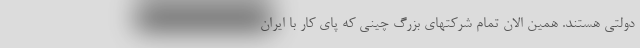
دولتی هستند. همین الان تمام شرکتهای بزرگ چینی که پای کار با ایران